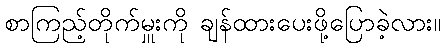
စာကြည့်တိုက်မှူးကို ချန်ထားပေးဖို့ပြောခဲ့လား။